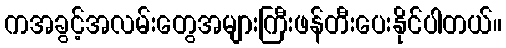
ကအခွင့်အလမ်းတွေအများကြီးဖန်တီးပေးနိုင်ပါတယ်။